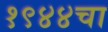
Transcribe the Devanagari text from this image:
१९४४चा